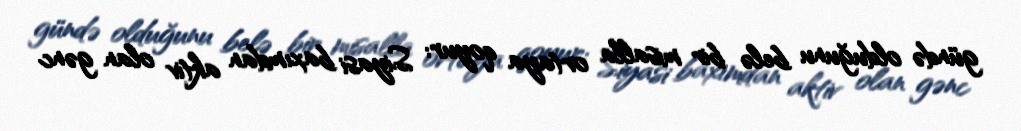
gündə olduğunu belə bir misalla ortaya qoyur: Siyasi baxımdan aktiv olan gənc